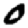
Digit: 0